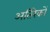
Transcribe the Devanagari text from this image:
अतिरेकों